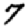
Digit: 7